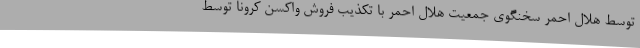
توسط هلال احمر سخنگوی جمعیت هلال احمر با تکذیب فروش واکسن کرونا توسط